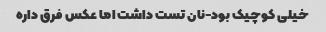
خیلی کوچیک بود-نان تست داشت اما عکس فرق داره